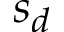
s _ { d }